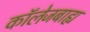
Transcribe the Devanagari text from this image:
कॉलेजबाह्य